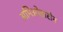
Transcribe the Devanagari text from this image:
अमिओडारोन